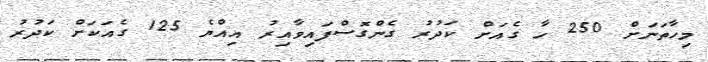
މިހާތަނަށް 250 ހާ ގެއަށް ކަދުރު ގެންގޮސްފައިވާއިރު އިއްޔެ 125 ގެއަކަށް ކަދުރު